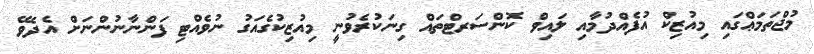
މުޖްތަމަޢްގައި މިއުޒިކް އުފެއްދުމާއި ލައިވް ކޮންސަރޓްތައް ގިނަކުރެވުނީ މިއުޒިކުގެއަގު ނުވެއްޓި ފަންނާނުންނަށް އެދެވޭ